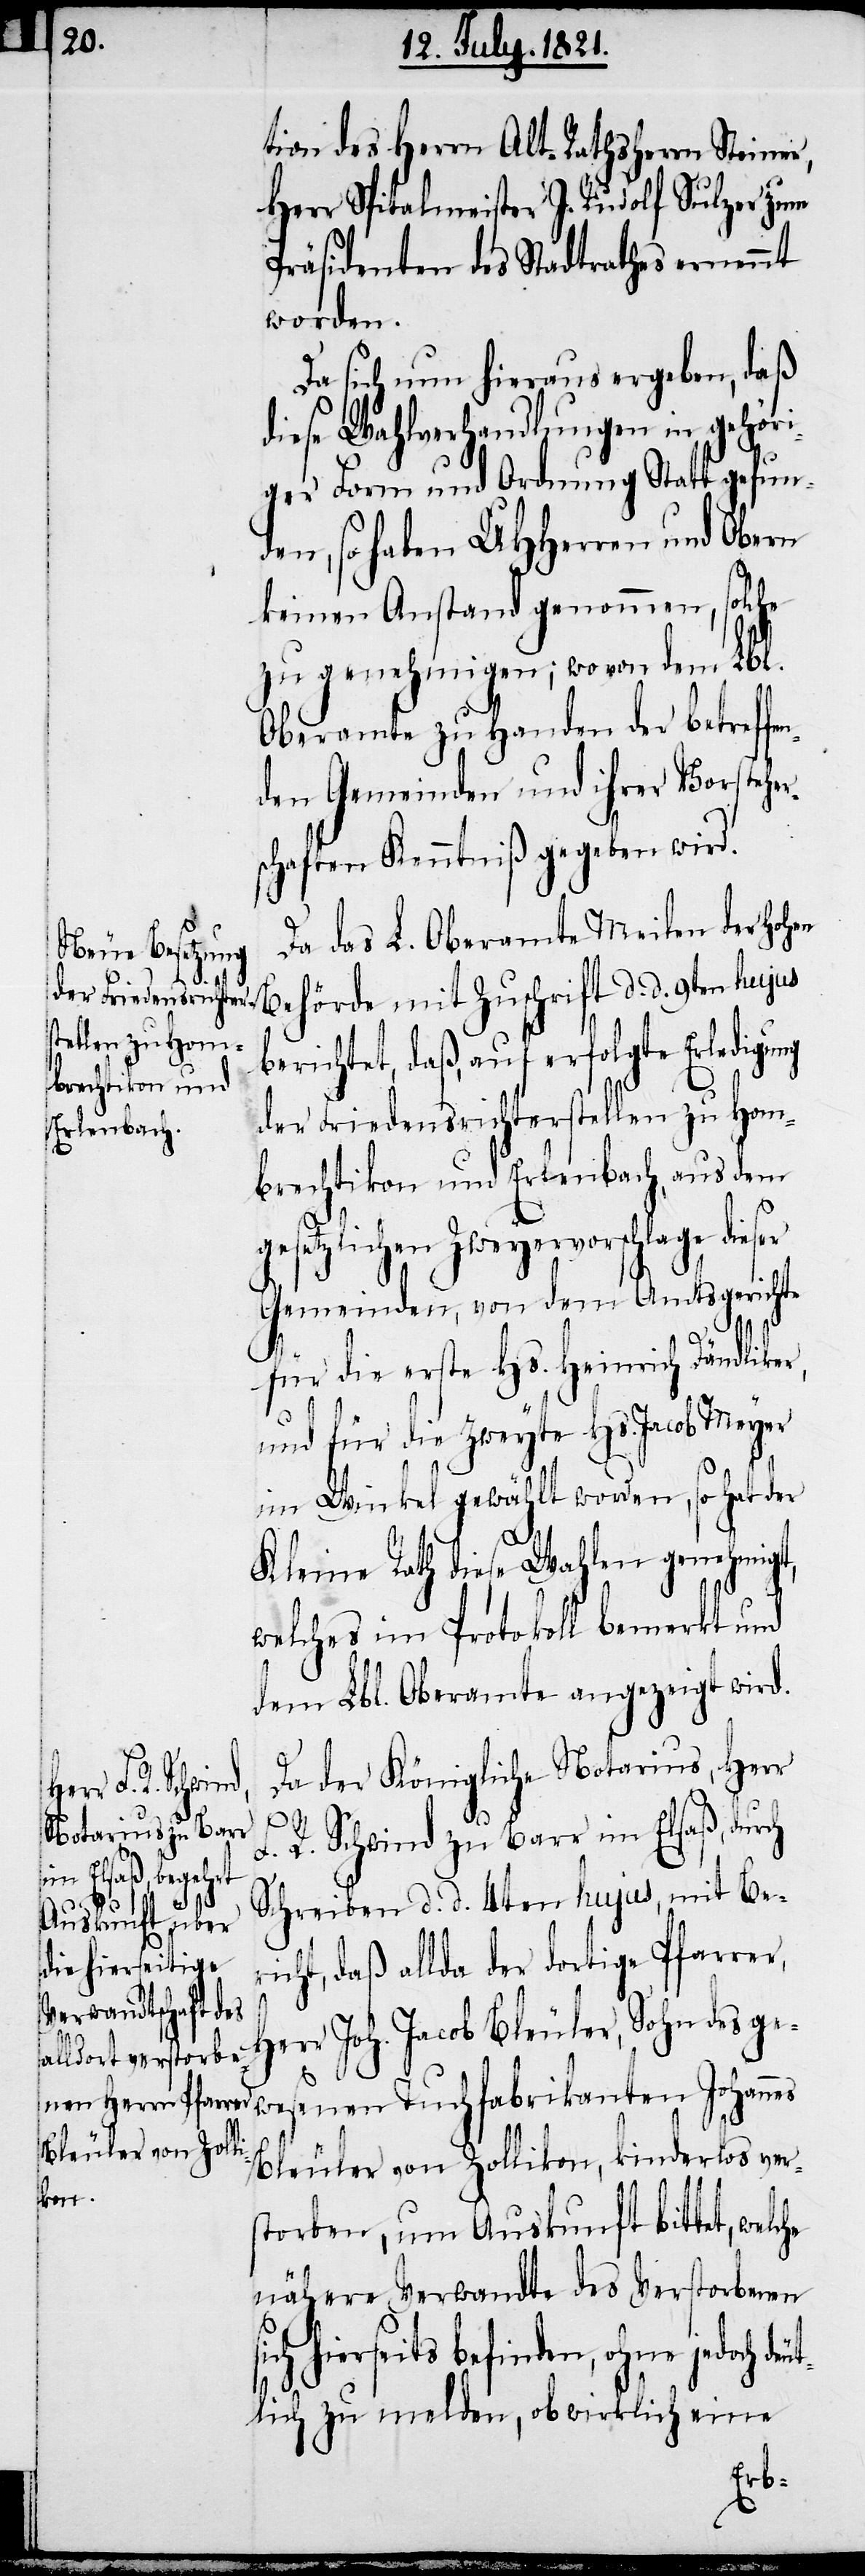
tion des Herrn Alt-Rathsherrn Steiner,
Herr Spitalmeister J. Rudolf Sulzer zum
Präsidenten des Stadtrathes ernennt
worden.
Da sich nun hieraus ergeben, daß
diese Wahlverhandlungen in gehöri¬
ger Form und Ordnung Statt gefun¬
den, so haben UHHerren und Obern
keinen Anstand genommen, solche
zu genehmigen; wovon dem Lbl.
Oberamte zu Handen der betreffe¬
nden Gemeinden und ihrer Vorsteher¬
schaften Kenntniß gegeben wird.
Da das L. Oberamt Meilen der hohen
Behörde mit Zuschrift d. d. 9ten hujus
der Friedensrichter¬
stellen zu Hom¬
berichtet, daß, auf erfolgte Erledigung
brechtikon und Erlenbach, aus dem
gesetzlichen Zweyervorschlage dieser
Gemeinden, von dem Amtsgerichte
für die erste Hs. Heinrich Dändliker
und für die zweyte Hs. Jacob Meyer
im Winkel gewählt worden, so hat der
Kleine Rath diese Wahlen genehmigt,
welches im Protokoll bemerkt und
dem Lbl. Oberamte angezeigt wird.
Da der Königliche Notarius, Herr
F. R. Schwind zu Barr im Elsaß, durch
Schreiben d. d. 4ten hujus, mit Ber¬
icht, daß allda der dortige Pfarrer,
wesenen Tuchfabrikanten Johannes
Bleuler von Zollikon, kinderlos ver¬
storben, um Auskunft bittet, welche
nähere Verwandte des Verstorbenen
ohne jedoch deut¬
lich zu melden, ob wirklich eine